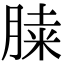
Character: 𦜔